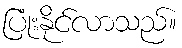
ပြုံးနိုင်လာသည်။